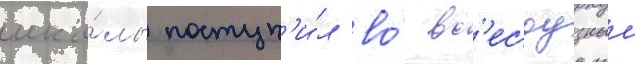
шко́лы поступ'и́л во́ вс'есоузныи